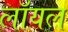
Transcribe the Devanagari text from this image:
लाॅयल